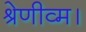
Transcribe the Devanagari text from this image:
श्रेणीव्म।